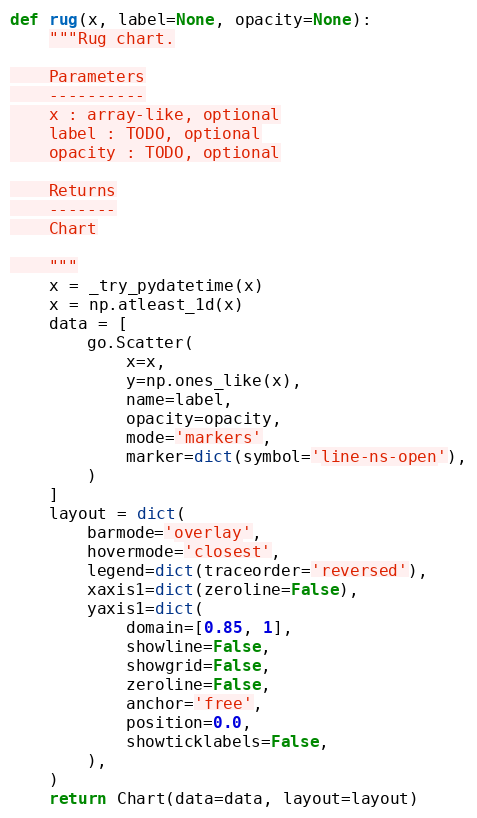
Language: Python
def rug(x, label=None, opacity=None):
    """Rug chart.

    Parameters
    ----------
    x : array-like, optional
    label : TODO, optional
    opacity : TODO, optional

    Returns
    -------
    Chart

    """
    x = _try_pydatetime(x)
    x = np.atleast_1d(x)
    data = [
        go.Scatter(
            x=x,
            y=np.ones_like(x),
            name=label,
            opacity=opacity,
            mode='markers',
            marker=dict(symbol='line-ns-open'),
        )
    ]
    layout = dict(
        barmode='overlay',
        hovermode='closest',
        legend=dict(traceorder='reversed'),
        xaxis1=dict(zeroline=False),
        yaxis1=dict(
            domain=[0.85, 1],
            showline=False,
            showgrid=False,
            zeroline=False,
            anchor='free',
            position=0.0,
            showticklabels=False,
        ),
    )
    return Chart(data=data, layout=layout)